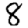
Digit: 8